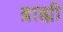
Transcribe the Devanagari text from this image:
ब्राह्यी